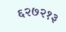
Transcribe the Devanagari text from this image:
६२७२१३